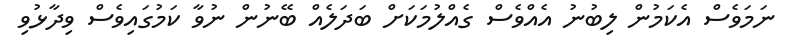
ނަމަވެސް އެކަމުން ލިބުނު އެއްވެސް ގެއްލުމަކަށް ބަދަލެއް ބޭނުން ނުވާ ކަމުގައިވެސް ވިދާޅުވި